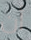
أن